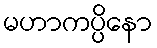
မဟာကပ္ပိနော